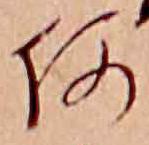
何